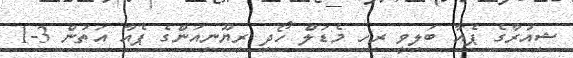
ޝިއުރާގެ ޕެެއާ ބަލިވީ ރިހި މެޑަލް ހޯދި ރިޔޫނިއަންގެ ޕެއާ އަތުން 3-1